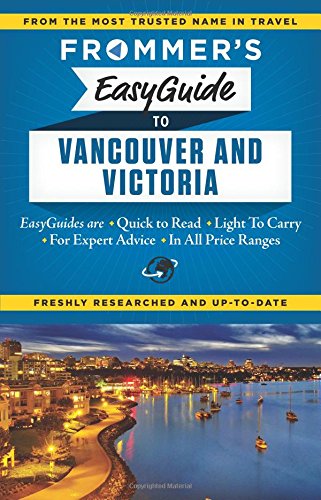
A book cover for Frommer's EasyGuide to Vancouver and Victoria (Easy Guides); Joanne Sasvari; Travel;